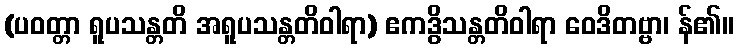
(ပဝတ္တာ ရူပသန္တတိ အရူပသန္တတိဝါရာ) ဧကဒွိသန္တတိဝါရာ ဝေဒိတဗ္ဗာ၊ န်၏။